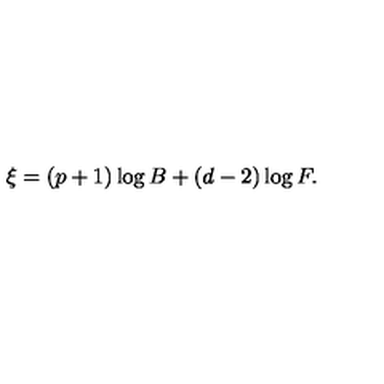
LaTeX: \xi = ( p + 1 ) \log B + ( d - 2 ) \log F .